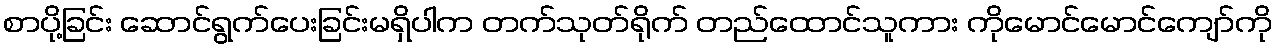
စာပို့ခြင်း ဆောင်ရွက်ပေးခြင်းမရှိပါက တက်သုတ်ရိုက် တည်ထောင်သူကား ကိုမောင်မောင်ကျော်ကို